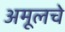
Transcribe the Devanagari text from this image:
अमूलचे